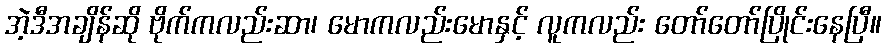
အဲ့ဒီအချိန်ဆို ဗိုက်ကလည်းဆာ၊ မောကလည်းမောနှင့် လူကလည်း တော်တော်ပြိုင်းနေပြီ။